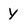
Character: y